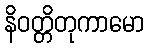
နိဝတ္တိတုကာမော